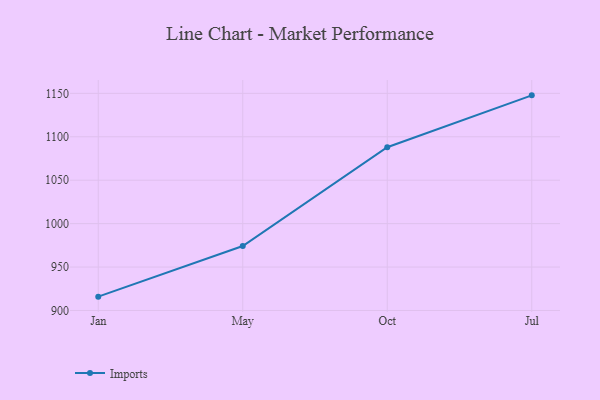
{"axis": {"x": "Month", "y": "Headcount"}, "legend": ["Imports"], "data": [{"x": "Jan", "y": 915.9, "type": "Imports"}, {"x": "May", "y": 974.2, "type": "Imports"}, {"x": "Oct", "y": 1088.0, "type": "Imports"}, {"x": "Jul", "y": 1147.7, "type": "Imports"}]}